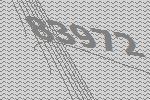
83972